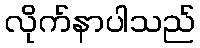
လိုက်နာပါသည်